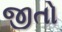
જીતો